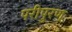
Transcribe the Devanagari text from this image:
परीपुरण